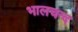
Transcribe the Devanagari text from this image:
भालचन्द